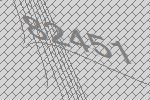
82451